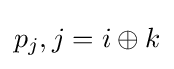
p_{j},j=i\oplus k